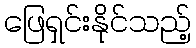
ဖြေရှင်းနိုင်သည့်